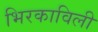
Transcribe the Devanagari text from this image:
भिरकाविली